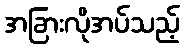
အခြားလိုအပ်သည့်